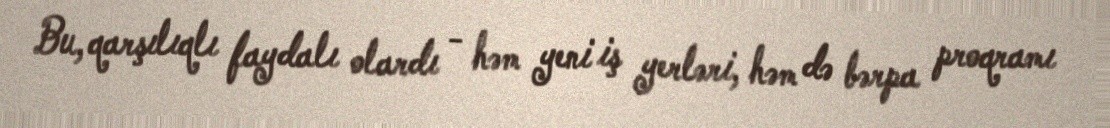
Bu, qarşılıqlı faydalı olardı - həm yeni iş yerləri, həm də bərpa proqramı